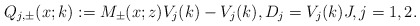
\begin{align*}Q_{j,\pm}(x;k):=M_{\pm}(x;z) V_j(k)-V_j(k), D_j=V_j(k)J,j=1,2.\end{align*}